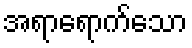
အရာရောက်သော